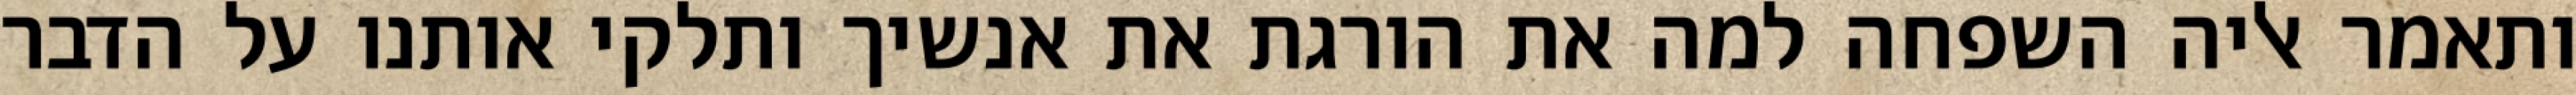
ותאמר אליה השפחה למה את הורגת את אנשיך ותלקי אותנו על הדבר